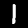
Label: 1